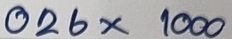
026 x 1000